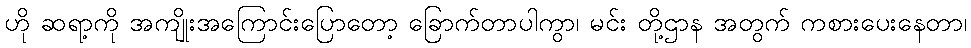
ဟို ဆရာ့ကို အကျိုးအကြောင်းပြောတော့ ခြောက်တာပါကွာ၊ မင်း တို့ဌာန အတွက် ကစားပေးနေတာ၊